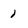
Character: 1